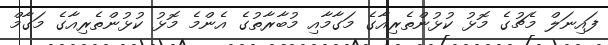
ފައިނަލް މެޗުގެ މޮޅު ކުޅުންތެރިއާގެ މަގާމާއި މުބާރާތުގެ އެންމެ މޮޅު ކުޅުންތެރިއާގެ މަގާމް